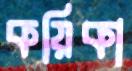
কয়িকা